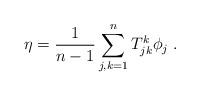
LaTeX: \begin{align*} \eta = \frac{1}{n-1} \sum_{j,k=1}^n T_{jk}^k \phi_j \; . \end{align*}